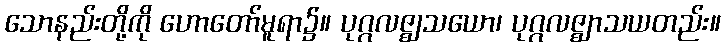
သောနည်းတို့ကို ဟောတော်မူရာ၌။ ပုဂ္ဂလဇ္ဈသယော၊ ပုဂ္ဂလဇ္ဈာသယတည်း။